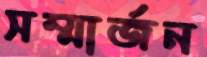
সম্মার্জন